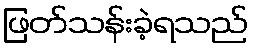
ဖြတ်သန်းခဲ့ရသည်